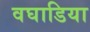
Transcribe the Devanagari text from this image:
वघाडिया